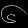
Digit: ၆